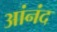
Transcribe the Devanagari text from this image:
आंनंद